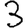
Digit: 3